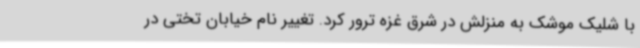
با شلیک موشک به منزلش در شرق غزه ترور کرد. تغییر نام خیابان تختی در